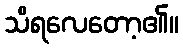
သိရလေတော့၏။